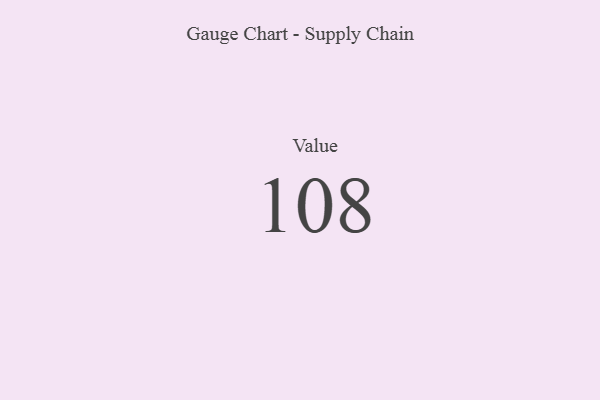
{"axis": {"x": "Metric", "y": "Value"}, "legend": [""], "data": [{"x": "Value", "y": 108, "type": ""}]}